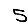
Digit: 5